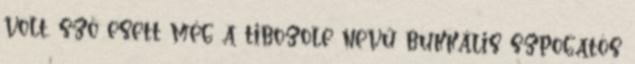
volt. szó esett még a tibozole nevű bukkális szpogatós